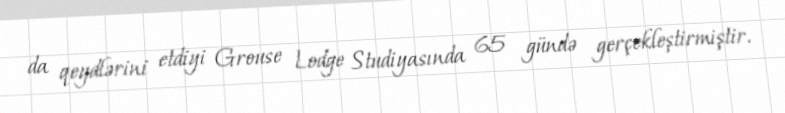
da qeydlərini etdiyi Grouse Lodge Studiyasında 65 gündə gerçekleştirmiştir.